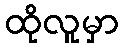
ထိုလူမှာ